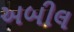
અબીલ